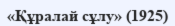
«Құралай сұлу» (1925)